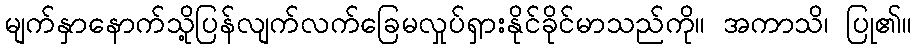
မျက်နှာနောက်သို့ပြန်လျက်လက်ခြေမလှုပ်ရှားနိုင်ခိုင်မာသည်ကို။ အကာသိ၊ ပြု၏။